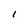
Character: 1